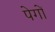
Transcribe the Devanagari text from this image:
पेगों